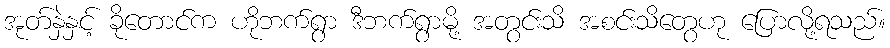
အုတ်နှဲနှင့် ခိုတောင်က ဟိုဘက်ရွာ ဒီဘက်ရွာမို့ အတွင်းသိ အစင်းသိတွေဟု ပြောလို့ရသည်။